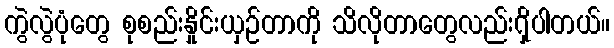
ကွဲလွဲပုံတွေ စုစည်းနှိုင်းယှဉ်တာကို သိလိုတာတွေလည်း၇ှိပါတယ်။